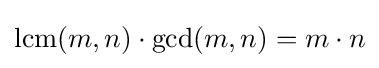
{\textstyle \operatorname {lcm} (m,n)\cdot \operatorname {gcd} (m,n)=m\cdot n}